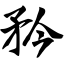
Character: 矜